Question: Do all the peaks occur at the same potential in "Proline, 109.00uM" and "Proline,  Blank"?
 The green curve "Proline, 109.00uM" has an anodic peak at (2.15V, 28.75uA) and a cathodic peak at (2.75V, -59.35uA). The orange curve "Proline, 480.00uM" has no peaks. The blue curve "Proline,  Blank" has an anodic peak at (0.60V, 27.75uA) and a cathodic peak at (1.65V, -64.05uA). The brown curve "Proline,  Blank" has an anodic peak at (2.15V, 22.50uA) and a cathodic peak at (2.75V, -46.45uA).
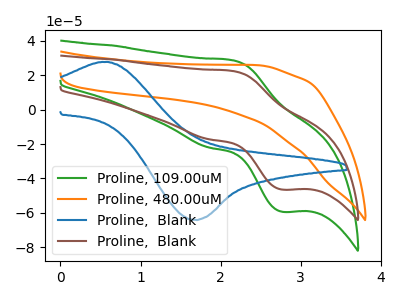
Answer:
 <answer>Yes, "Proline, 109.00uM" have a peak in "Proline,  Blank" at the same potential.</answer>
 <eval>match</eval>